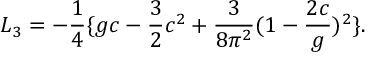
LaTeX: L _ { 3 } = - { \frac { 1 } { 4 } } \{ g c - { \frac { 3 } { 2 } } c ^ { 2 } + { \frac { 3 } { 8 \pi ^ { 2 } } } ( 1 - { \frac { 2 c } { g } } ) ^ { 2 } \} .